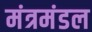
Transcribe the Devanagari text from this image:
मंत्रमंडल